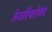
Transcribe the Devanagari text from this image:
तेजस्वितेवर